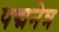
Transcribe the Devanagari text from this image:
पद्मनेत्र